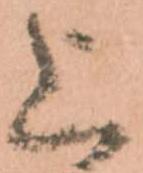
上